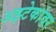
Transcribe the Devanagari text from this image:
अझ्टेकांवर